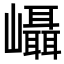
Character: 𭗵